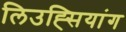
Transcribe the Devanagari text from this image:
लिउह्सियांग